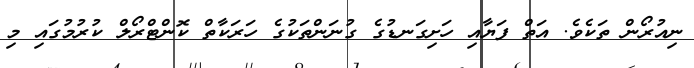
ނިއުރޯން ތަކެވެ. އަތް ފަޔާއި ހަށިގަނޑުގެ ގުނަންތަކުގެ ހަރަކާތް ކޮންޓްރޯލް ކުރުމުގައި މި